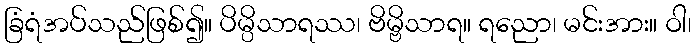
ခြံရံအပ်သည်ဖြစ်၍။ ပိမ္ပိသာရဿ၊ ဗိမ္ဗိသာရ။ ရညော၊ မင်းအား။ ဝါ၊